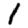
Digit: 1